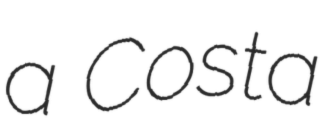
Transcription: a Costa